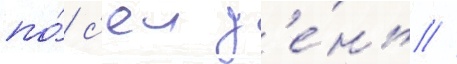
по́ с'еи д'е́нь //